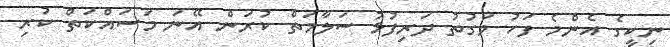
ނިކީގެ އެންމެ ފަހު ވަގުތު ދަރިފުޅު ސަލާމަތް ކުރަން އޭނަ މަސައްކަތް ކުރި